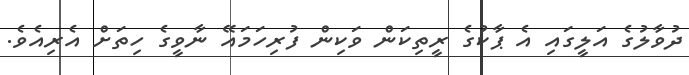
ދުވާލުގެ އަލީގައި އެ ޕާކުގެ ރީތިކަން ވަކިން ފުރިހަމައޭ ނާވީގެ ހިތަށް އެރިއެވެ.